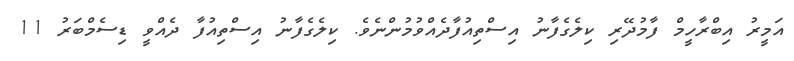
އަމީރު އިބްރާހީމް ފާމުދޭރި ކިލެގެފާނު އިސްތިއުފާދެއްވުމުންނެވެ. ކިލެގެފާނު އިސްތިއުފާ ދެއްވީ ޑިސެމްބަރު 11